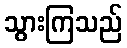
သွားကြသည်